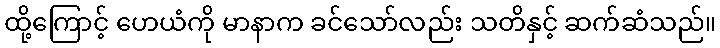
ထို့ကြောင့် ဟေယံကို မာနာက ခင်သော်လည်း သတိနှင့် ဆက်ဆံသည်။